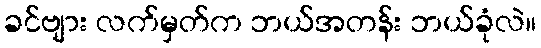
ခင်ဗျား လက်မှတ်က ဘယ်အတန်း ဘယ်ခုံလဲ။